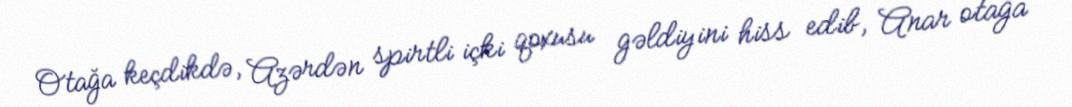
Otağa keçdikdə, Azərdən spirtli içki qoxusu gəldiyini hiss edib, Anar otağa